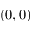
( 0 , 0 )